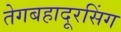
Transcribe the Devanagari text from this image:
तेगबहादूरसिंग